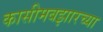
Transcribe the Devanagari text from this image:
कासीमबझारच्या